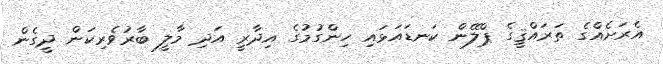
އެރަށެއްގެ ތަރައްޤީގެ ޕްލޭން ކަނޑައަޅައި ހިންގުމުގެ އިދާރީ އަދި މާލީ ބާރުވެރިކަން ދީގެން